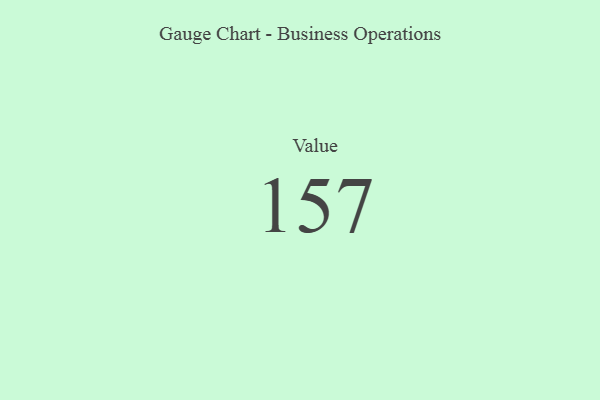
{"axis": {"x": "Metric", "y": "Value"}, "legend": [""], "data": [{"x": "Value", "y": 157, "type": ""}]}